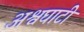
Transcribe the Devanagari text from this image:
अश्वघाटी